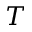
T